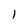
Character: l